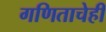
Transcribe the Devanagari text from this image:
गणिताचेही